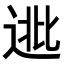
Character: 𨓖